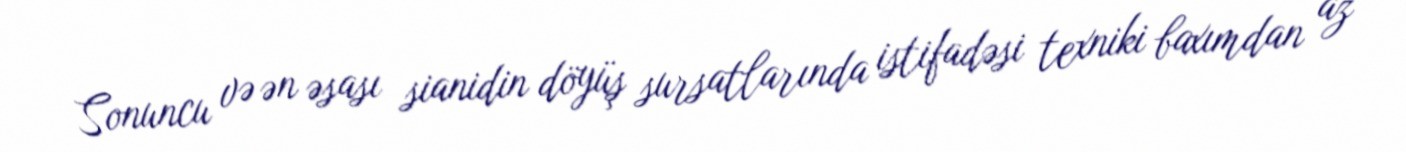
Sonuncu və ən əsası sianidin döyüş sursatlarında istifadəsi texniki baxımdan az